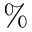
\%